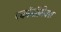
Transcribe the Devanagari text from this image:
एकॉनॉमिक्स